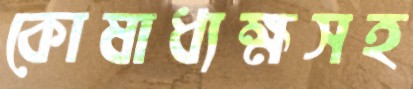
কোষাধ্যক্ষসহ